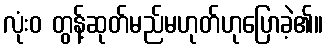
လုံးဝ တွန့်ဆုတ်မည်မဟုတ်ဟုပြောခဲ့၏။